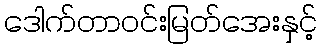
ဒေါက်တာဝင်းမြတ်အေးနှင့်